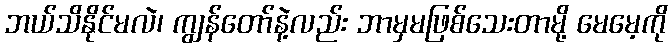
ဘယ်သိနိုင်မလဲ၊ ကျွန်တော်နဲ့လည်း ဘာမှမဖြစ်သေးတာမို့ မေမေ့ကို